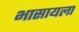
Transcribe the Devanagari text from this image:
भासायला